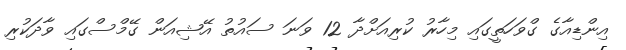
އިންޑިއާގެ ގްވަހަތީގައި މިހާރު ކުރިއަށްދާ 12 ވަނަ ސައުތު އޭޝިއަން ގޭމްސްގައި ވާދަކުރި